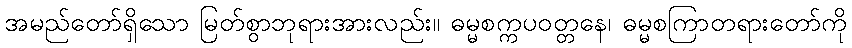
အမည်တော်ရှိသော မြတ်စွာဘုရားအားလည်း။ ဓမ္မစက္ကပဝတ္တနေ၊ ဓမ္မစကြာတရားတော်ကို